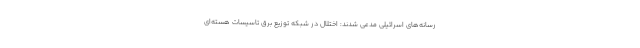
رسانه‌های اسرائیلی مدعی شدند: اختلال در شبکه توزیع برق تاسیسات هسته‌ای